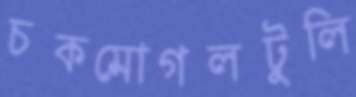
চকমোগলটুলি